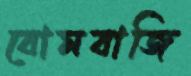
বোমবাজি